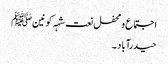
اجتماع و محفل نعت شہہ کونینﷺ
حیدرآباد ۔